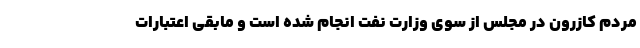
مردم کازرون در مجلس از سوی وزارت نفت انجام شده است و مابقی اعتبارات